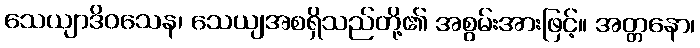
သေယျာဒိဝသေန၊ သေယျအစရှိသည်တို့၏ အစွမ်းအားဖြင့်။ အတ္တနော၊